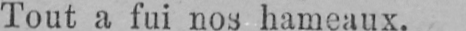
Tout a fui nos hameaux.